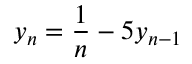
y _ { n } = { \frac { 1 } { n } } - 5 y _ { n - 1 }